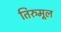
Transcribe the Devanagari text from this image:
तिरुमूल